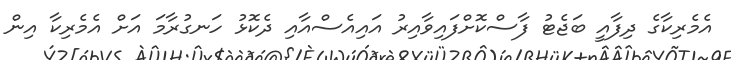
އެމެރިކާގެ ދިފާއީ ބަޖެޓު ފާސްކޮށްފައިވާއިރު އައިއެސްއާއި ދެކޮޅު ހަނގުރާމަ އަށް އެމެރިކާ އިން